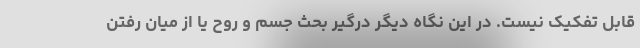
قابل تفکیک نیست. در این نگاه دیگر درگیر بحث جسم و روح یا از میان رفتن